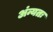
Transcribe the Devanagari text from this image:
अंन्यतः